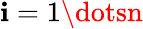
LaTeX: \mathbf{i}=1\dotsn